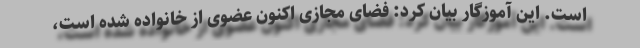
است. این آموزگار بیان کرد: فضای مجازی اکنون عضوی از خانواده شده است،